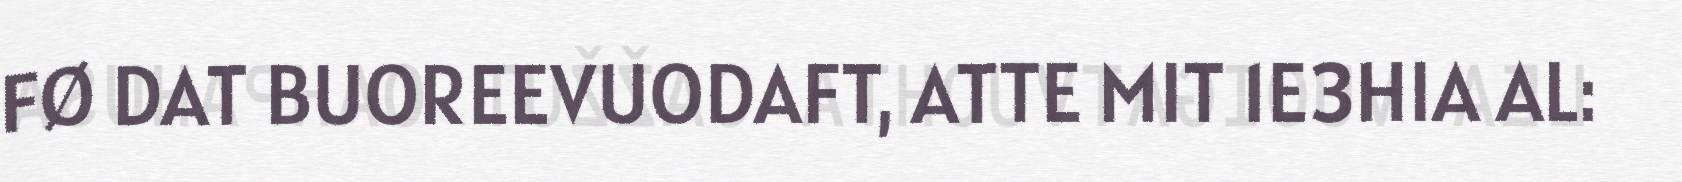
FØ DAT BUOREEVUODAFT, ATTE MIT 1E3HIA AL: